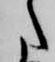
た